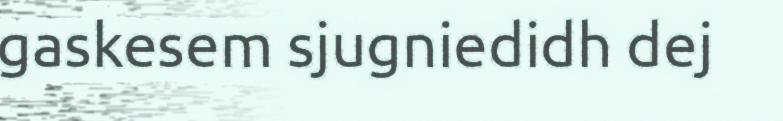
gaskesem sjugniedidh dej